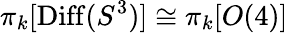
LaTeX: \pi_{k}[\mathrm{Diff}(S^{3})]\cong\pi_{k}[O(4)]